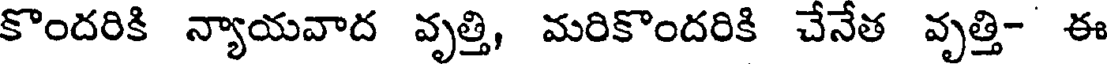
కొందరికి న్యాయవాద వృత్తి, మరికొందరికి చేనేత వృత్తి- ఈ